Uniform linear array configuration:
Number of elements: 8
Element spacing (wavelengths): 1
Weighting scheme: uniform
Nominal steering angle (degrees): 15
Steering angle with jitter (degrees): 13.439
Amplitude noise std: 0.05
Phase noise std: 0.05

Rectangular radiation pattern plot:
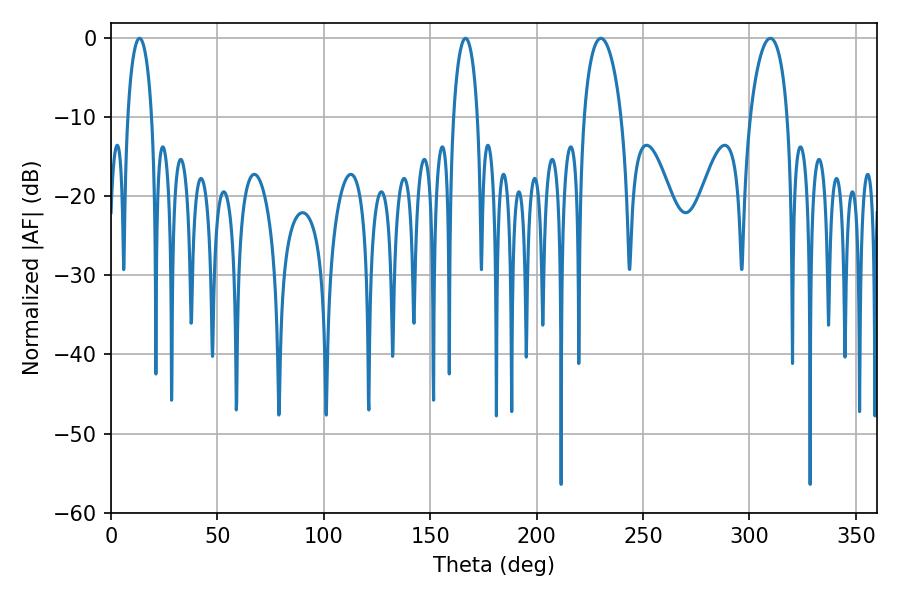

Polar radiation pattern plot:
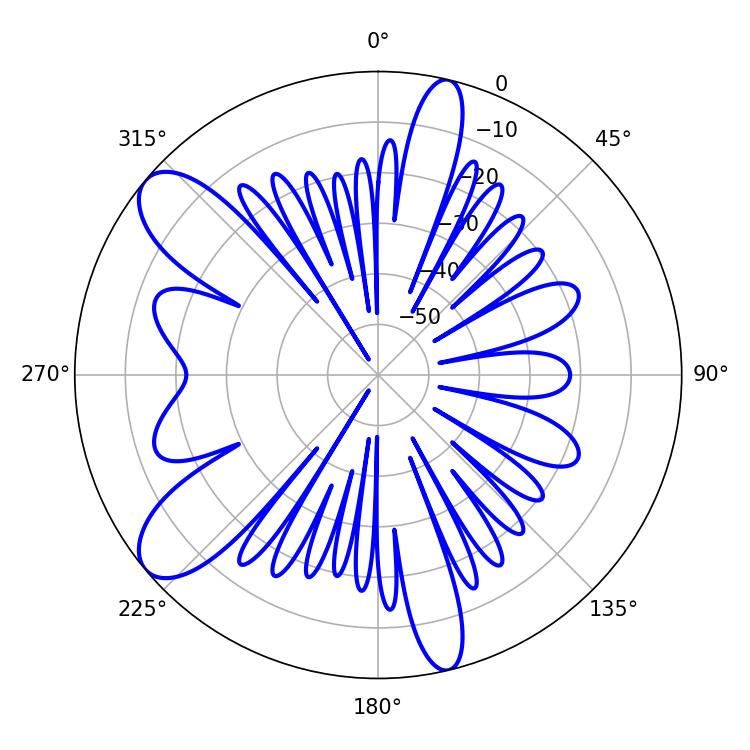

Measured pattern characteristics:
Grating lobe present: TRUE
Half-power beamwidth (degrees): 9.9
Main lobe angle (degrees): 309.78